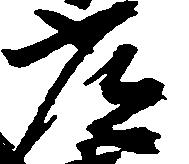
常